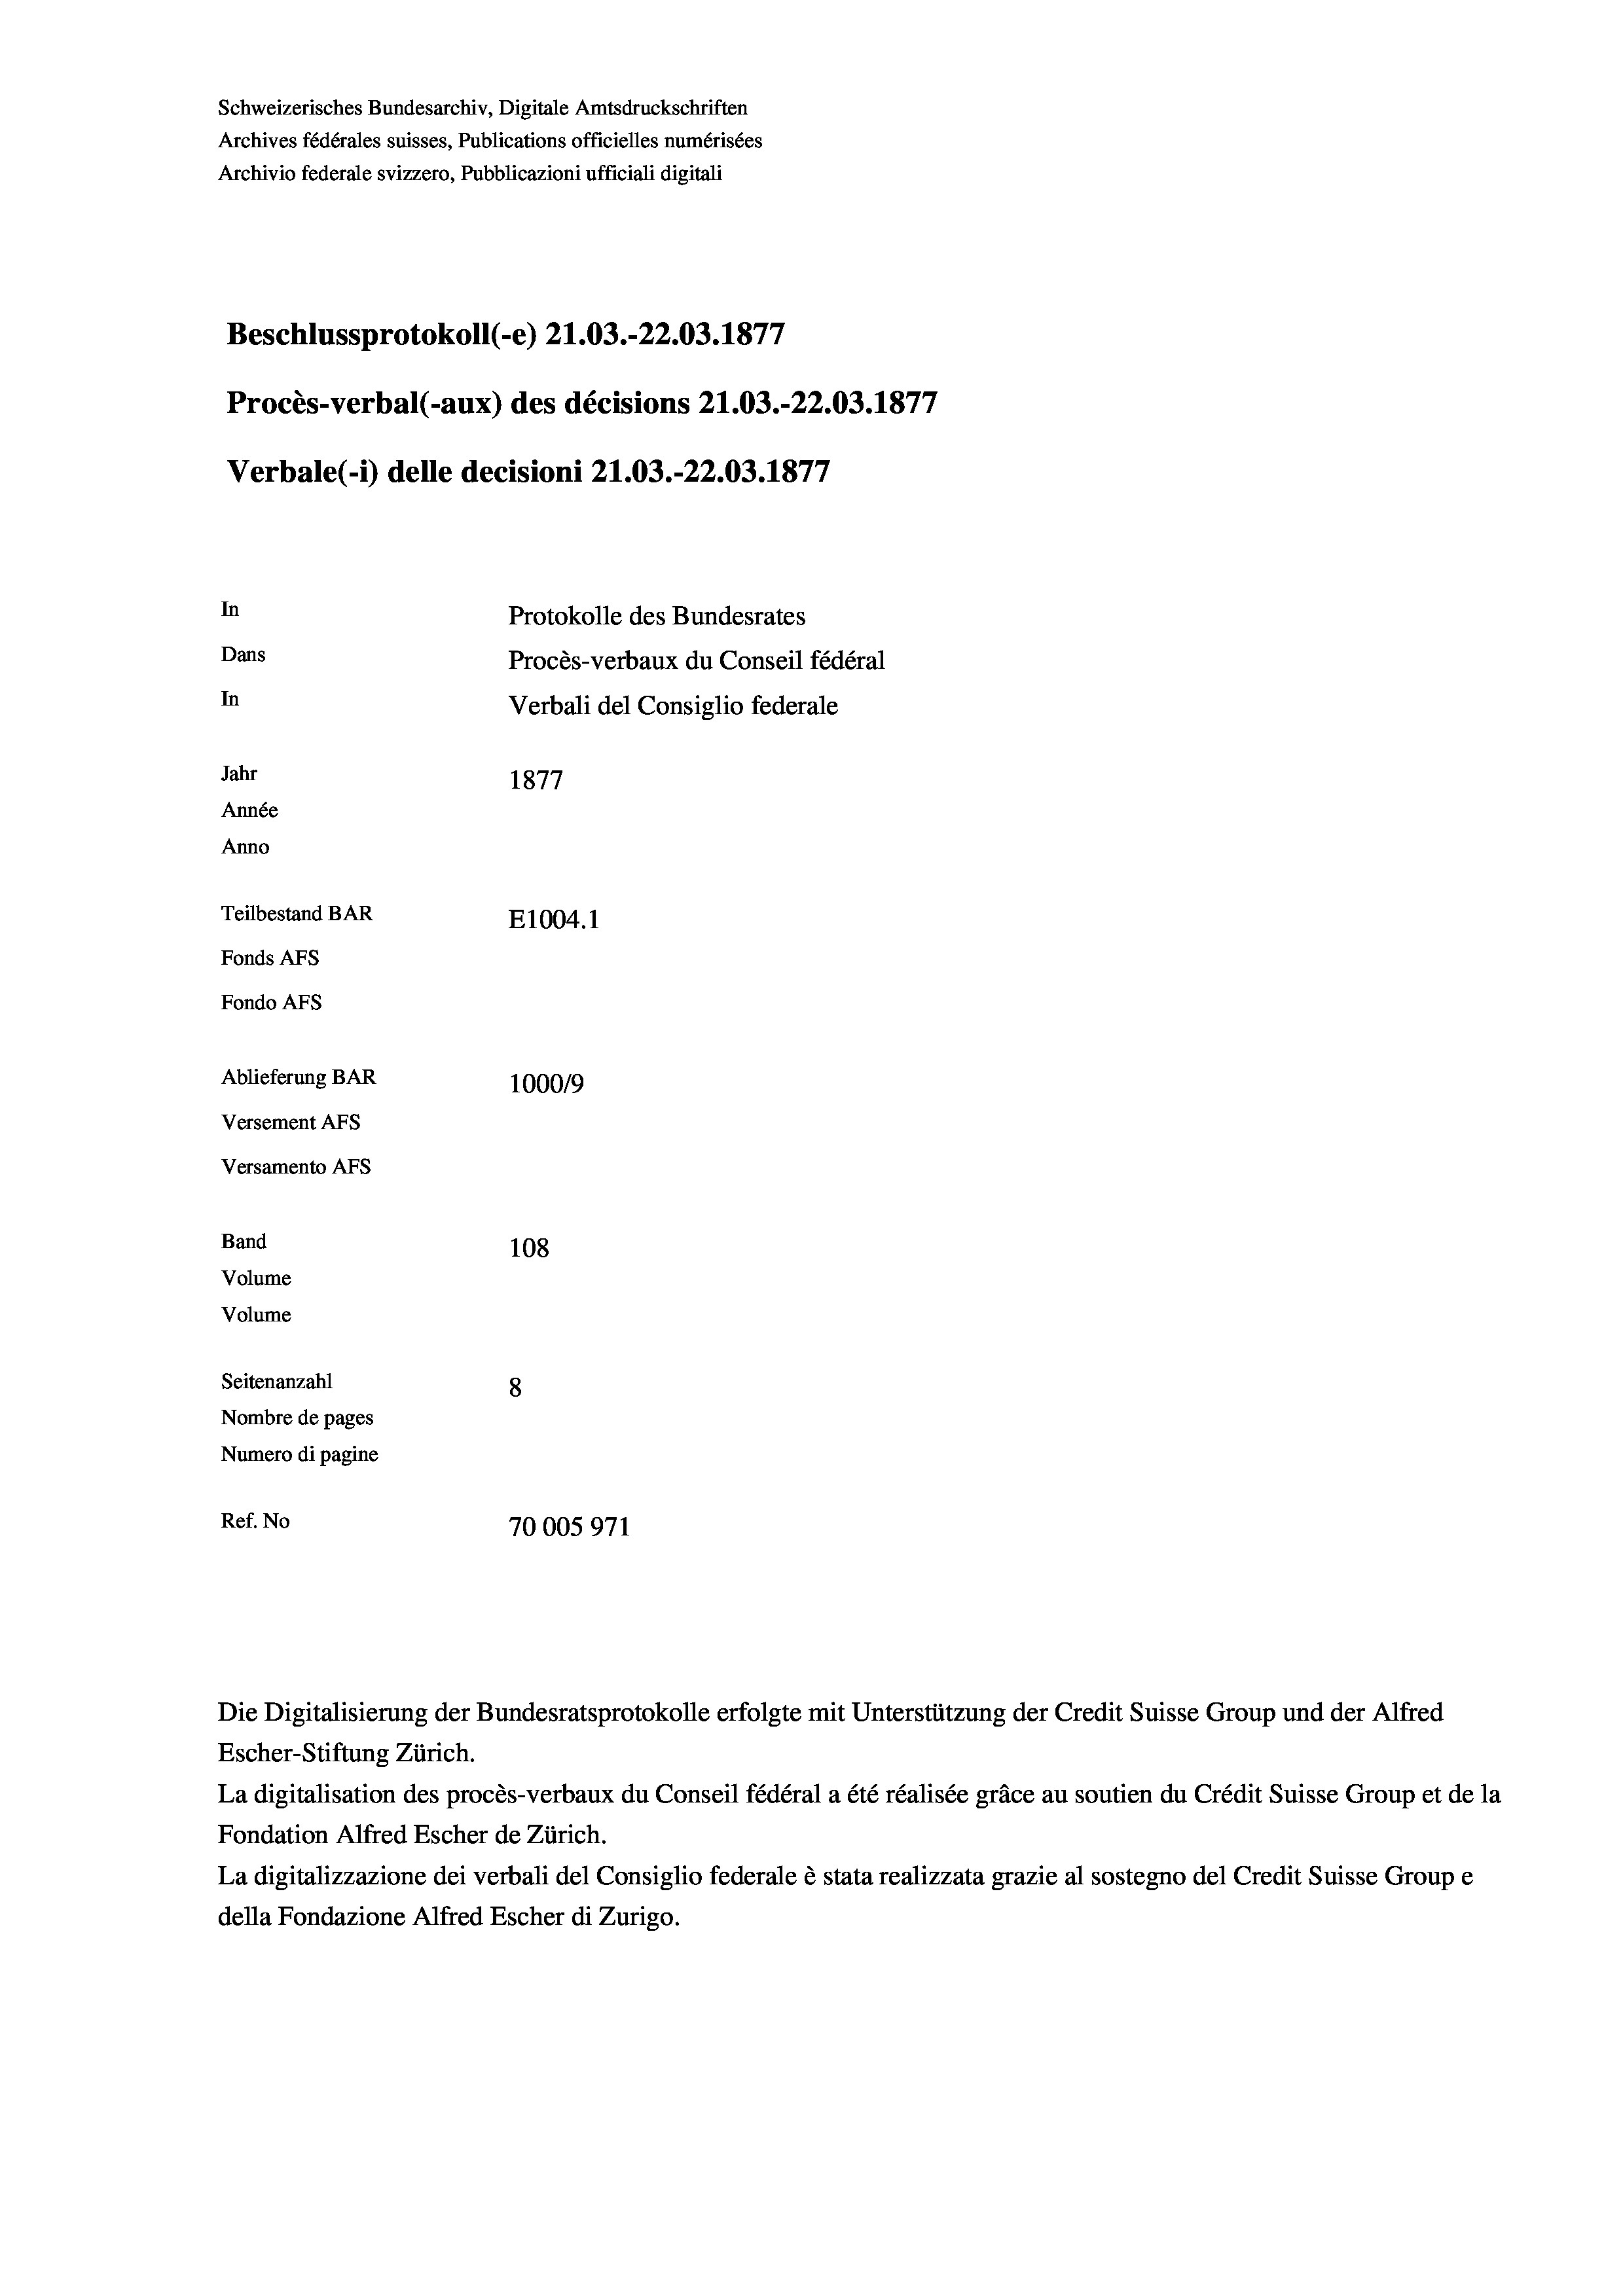
Beschlussprotokoll (-e) 21.03.-22.03. 1877
Procès-verbal (-aux) des décisions 21.03.-22.03. 1877
In
Protokolle des Bundesrates
Dans
Procès-verbaux du Conseil fédéral
In
Verbali del Consiglio federale
Jahr
1877
Année
Anno
Teilbestand BAR
E1004.1
Fonds AFs
Fondo AFs
Ablieferung BAR
100019
Versement AFs
Versamento Afs

Band
Volume
Volume

Schweizerisches Bundesarchiv, Digitale Amtsdruckschriften
Archives fédérales suisses, Publications officielles numérisées
Archivio federale svizzero, Pubblicazioni ufficiali digitali

Verbale (- 1) delle decisioni 21.03.-22.03. 1877

108
Seitenanzahl
8
Nombre de pages
Numero di pagine
Ref. No
70005971

Escher-Stiftung Zürich.
La digitalisation des procès-verbaux du Conseil fédéral a été réalisée gräce au soutien du Crédit Suisse Group et de la
Fondation Alfred Escher de Zürich.
La digitalizzazione dei verbali del Consiglio federale è stata realizzata grazie al sostegno del Credit Suisse Groupe
della Fondazione Alfred Escher di Zurigo.

Die Digitalisierung der Bundesratsprotokolle erfolgte mit Unterstützung der Credit Suisse Group und der Alfred